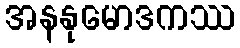
အနနုမောဒကဿ